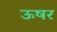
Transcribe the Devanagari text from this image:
ऊषर